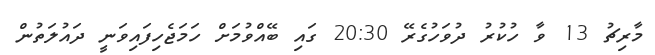
މާރިޗު 13 ވާ ހުކުރު ދުވަހުގެރޭ 20:30 ގައި ބޭއްވުމަށް ހަމަޖެހިފައިވަނީ ދައުލަތުން